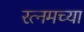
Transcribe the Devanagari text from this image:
रत्नमच्या